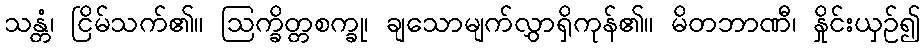
သန္တံ၊ ငြိမ်သက်၏။ ဩက္ခိတ္တစက္ခု၊ ချသောမျက်လွှာရှိကုန်၏။ မိတဘာဏီ၊ နှိုင်းယှဉ်၍